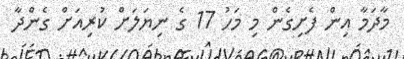
މާދަމާ އިން ފެށިގެން މި މަހު 17 ގެ ނިޔަލަށް ކުރިއަށް ގެންދާ